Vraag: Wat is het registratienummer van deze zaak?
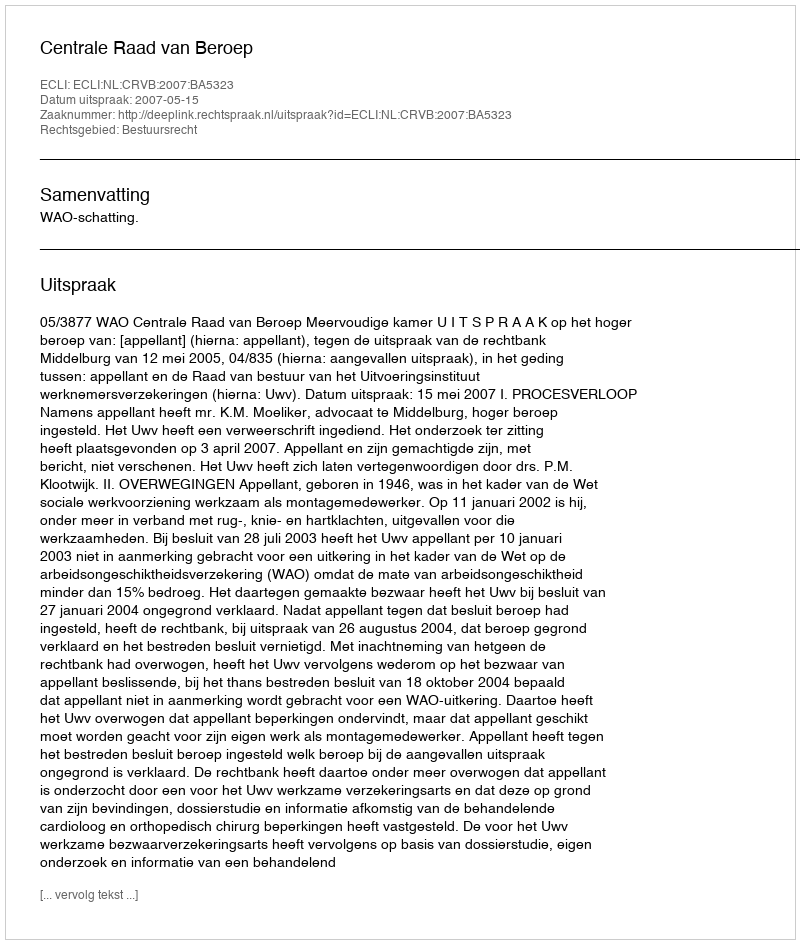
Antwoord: http://deeplink.rechtspraak.nl/uitspraak?id=ECLI:NL:CRVB:2007:BA5323